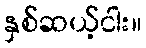
နှစ်ဆယ့်ငါး။